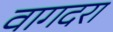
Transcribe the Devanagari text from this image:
वागदरा